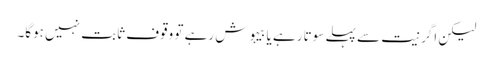
لیکن اگر نیت سے پہلے سوتا رہے یا بیہوش رہے تو وقوف ثابت نہیں ہوگا۔